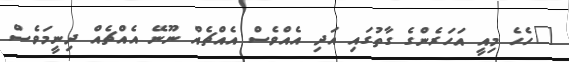
"ހެހެ މިއީ އަހަރެންގެ ގާތުގައި އަދި އެއްވެސް އެއްޗެއް ނޫނޭ އެއްޗެއް ދިނީމަވެސް